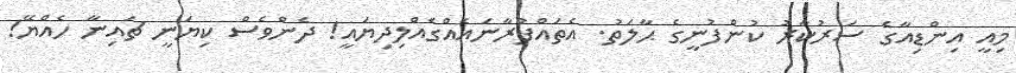
މިއީ އިންޑިއާގެ ސަރުކާރު ކުންފުނީގެ ޙާލަތު. އެތަައްފުރާނައެއްގެއްލިދިޔައީ! ދެންވެސް ކިޔަނީ ޗައިނާ ހެއްޔޭ!